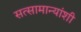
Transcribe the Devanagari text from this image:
सत्सामान्यांशी